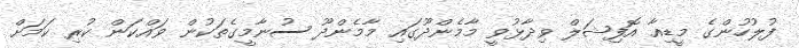
ފުލުހުންގެ މީޑިއާ އޮފިޝަލް ވިދާޅުވީ މާމެންދޫގައި މާމެންދޫ ސުނާމީގެތަކުން ވައްކަން ކުރި ކަމަށް